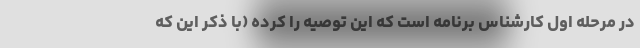
در مرحله اول کارشناس برنامه است که این توصیه را کرده (با ذکر این که